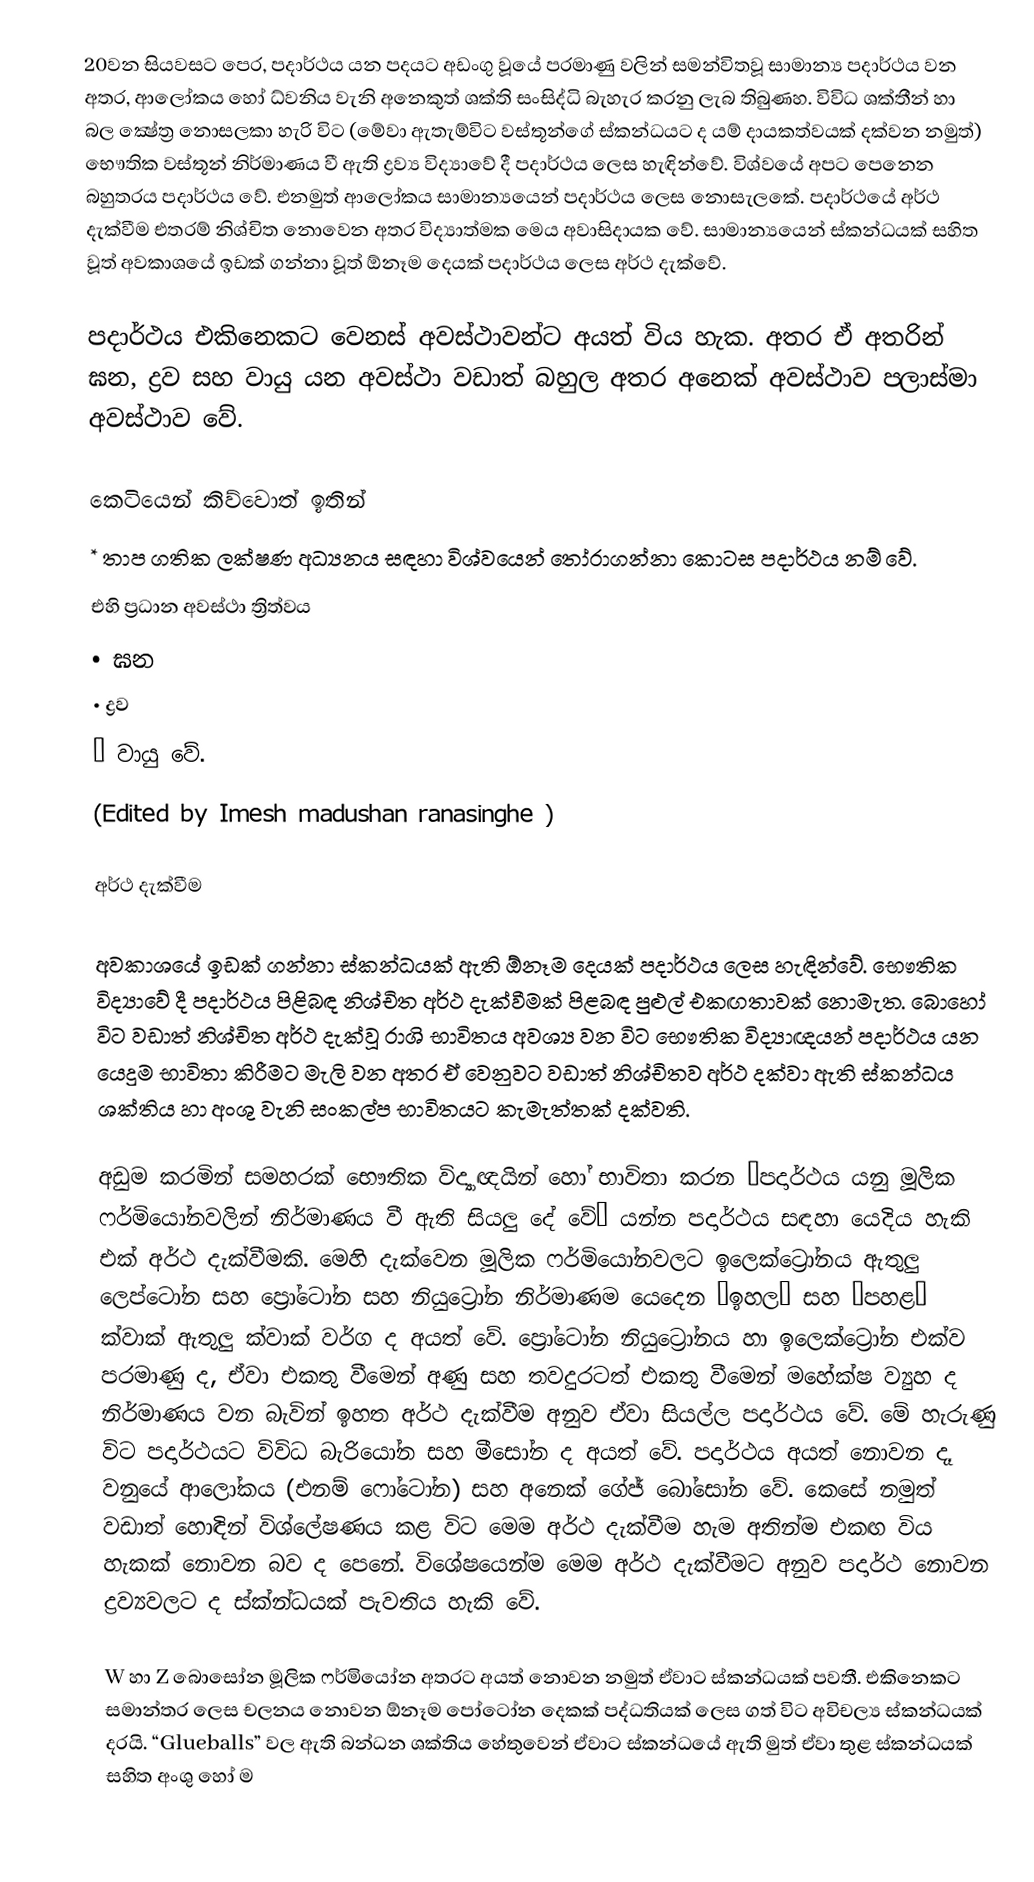
20වන සියවසට පෙර, පදාර්ථය යන පදයට අඩංගු වූයේ පරමාණු වලින් සමන්විතවූ   සාමාන්‍ය පදාර්ථය වන අතර,  ආලෝකය හෝ  ධ්වනිය වැනි අනෙකුත් ශක්ති සංසිද්ධි බැහැර කරනු ලැබ තිබුණහ. විවිධ ශක්තීන් හා බල ක්‍ෂේත්‍ර නොසලකා හැරි විට (මේවා ඇතැම්විට වස්තූන්ගේ ස්කන්ධයට ද යම් දායකත්වයක් දක්වන නමුත්) භෞතික වස්තූන් නිර්මාණය වී ඇති ද්‍රව්‍ය විද්‍යාවේ දී පදාර්ථය ලෙස හැඳින්වේ. විශ්වයේ අපට පෙනෙන බහුතරය පදාර්ථය වේ. එනමුත් ආලෝකය සාමාන්‍යයෙන් පදාර්ථය ලෙස නොසැලකේ. පදාර්ථයේ අර්ථ දැක්වීම එතරම් නිශ්චිත නොවෙන අතර විද්‍යාත්මක මෙය අවාසිදායක වේ. සාමාන්‍යයෙන් ස්කන්ධයක් සහිත වූත් අවකාශයේ ඉඩක් ගන්නා වූත් ඕනෑම දෙයක් පදාර්ථය ලෙස අර්ථ දැක්වේ.

පදාර්ථය එකිනෙකට වෙනස් අවස්ථාවන්ට අයත් විය හැක. අතර ඒ අතරින් ඝන, ද්‍රව සහ වායු යන අවස්ථා වඩාත් බහුල අතර අනෙක් අවස්ථාව ප‍්ලාස්මා අවස්ථාව වේ.

කෙටියෙන් කිව්වොත් ඉතින්
 * තාප ගතික ලක්ෂණ අධ්‍යනය සඳහා විශ්වයෙන් තෝරාගන්නා කොටස පදාර්ථය නම් වේ.
 එහි ප්‍රධාන අවස්ථා ත්‍රිත්වය
   • ඝන
   • ද්‍රව
   • වායු    වේ.
(Edited by Imesh madushan ranasinghe )

අර්ථ දැක්වීම

අවකාශයේ ඉඩක් ගන්නා ස්කන්ධයක් ඇති ඕනෑම දෙයක් පදාර්ථය ලෙස හැඳින්වේ. භෞතික විද්‍යාවේ දී පදාර්ථය පිළිබඳ නිශ්චිත අර්ථ දැක්වීමක් පිළබඳ පුළුල් එකඟතාවක් නොමැත. බොහෝ විට වඩාත් නිශ්චිත අර්ථ දැක්වූ රාශි භාවිතය අවශ්‍ය වන විට භෞතික විද්‍යාඥයන් පදාර්ථය යන යෙදුම භාවිතා කිරීමට මැලි වන අතර ඒ වෙනුවට වඩාත් නිශ්චිතව අර්ථ දක්වා ඇති ස්කන්ධය ශක්තිය හා අංශු වැනි සංකල්ප භාවිතයට කැමැත්තක් දක්වති.

අඩුම කරමින් සමහරක් භෞතික විද්‍යාඥයින් හෝ භාවිතා කරන “පදාර්ථය යනු මූලික ෆර්මි‍යෝනවලින් නිර්මාණය වී ඇති සියලු දේ වේ” යන්න පදාර්ථය සඳහා යෙදිය හැකි එක් අර්ථ දැක්වීමකි. මෙහි දැක්වෙන මූලික ෆර්මියෝනවලට ඉලෙක්ට්‍රෝනය ඇතුලු ලෙප්ටෝන සහ ප්‍රෝටෝන සහ නියුට්‍රෝන නිර්මාණම යෙදෙන “ඉහල” සහ “පහළ” ක්වාක් ඇතුලු ක්වාක් වර්ග ද අයත් වේ. ප්‍රෝටෝන නියුට්‍රෝනය හා ඉලෙක්ට්‍රෝන එක්ව පරමාණු ද, ඒවා එකතු වීමෙන් අණු සහ තවදුරටත් එකතු වීමෙන් මහේක්ෂ ව්‍යුහ ද නිර්මාණය වන බැවින් ඉහත අර්ථ දැක්වීම අනුව ඒවා සියල්ල පදාර්ථය වේ. මේ හැරුණු විට පදාර්ථයට විවිධ බැරියෝන සහ මීසෝන ද අයත් වේ. පදාර්ථය අයත් නොවන දෑ වනුයේ ආලෝකය (එනම් ෆෝටෝන) සහ අනෙක් ගේජ් බෝසෝන වේ. කෙසේ නමුත් වඩාත් හොඳින් විශ්ලේෂණය කළ විට මෙම අර්ථ දැක්වීම හැම අතින්ම එකඟ විය හැකක් නොවන බව ද පෙනේ. විශේෂයෙන්ම මෙම අර්ථ දැක්වීමට අනුව පදාර්ථ නොවන ද්‍රව්‍යවලට ද ස්ක්න්ධයක් පැවතිය හැකි වේ.

W හා Z බොසෝන මූලික ෆර්මියෝන අතරට අයත් නොවන නමුත් ඒවාට ස්කන්ධයක් පවතී. එකිනෙකට සමාන්තර ලෙස චලනය නොවන ඕනෑම පෝටෝන දෙකක් පද්ධතියක් ලෙස ගත් විට අවිචල්‍ය ස්කන්ධයක් දරයි. “Glueballs” වල ඇති බන්ධන ශක්තිය හේතුවෙන් ඒවාට ස්කන්ධයේ ඇති මුත් ඒවා තුළ ස්කන්ධයක් සහිත අංශු හෝ ම